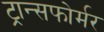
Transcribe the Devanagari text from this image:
ट्रान्सफोर्मर